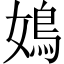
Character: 𡡅